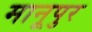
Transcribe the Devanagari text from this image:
मानूपुर